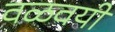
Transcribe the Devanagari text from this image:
वळवयी